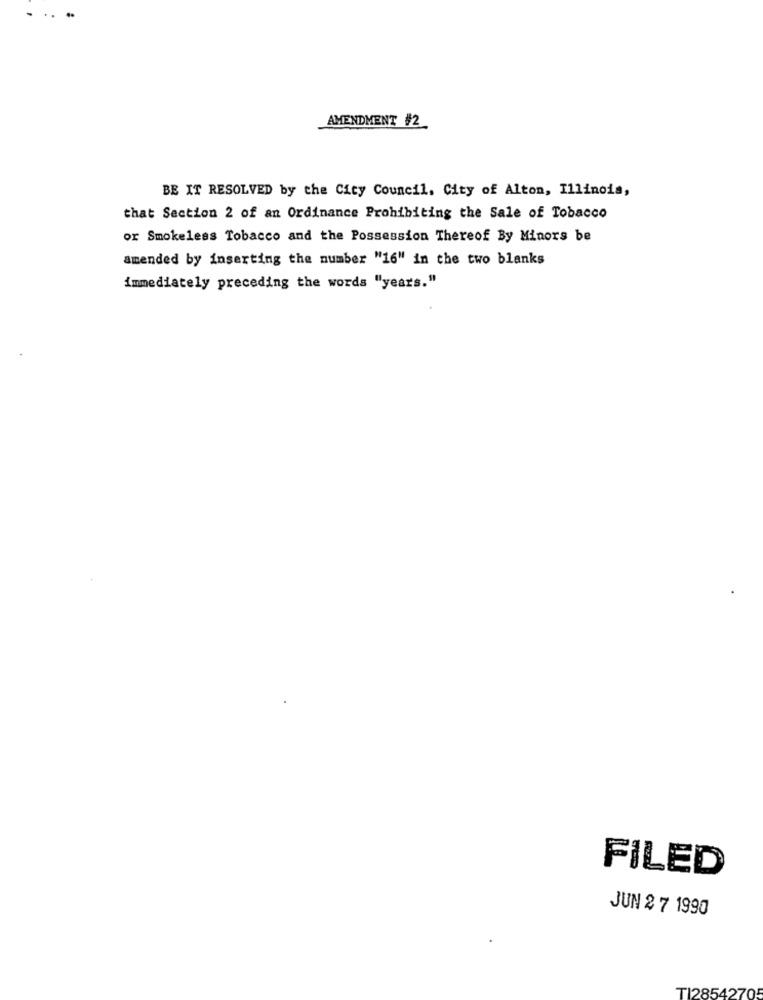
AMENDMENT #2
BE IT RESOLVED by the City Council. City of Alton, Illinois,
that Section 2 of an Ordinance Prohibiting the Sale of Tobacco
or Smokeless Tobacco and the Possession Thereof By Minors be
amended by inserting the number "16" in the two blanks
immediately preceding the words "years."
FILED
JUN 2 7 1990
TI2854270